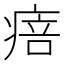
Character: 㾦